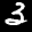
Label: 3